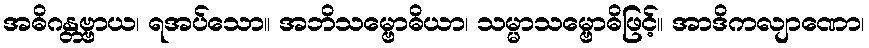
အဓိဂန္တဗ္ဗာယ၊ ရအပ်သော။ အဘိသမ္ဗောဓိယာ၊ သမ္မာသမ္ဗောဓိဖြင့်။ အာဒိကလျာဏော၊